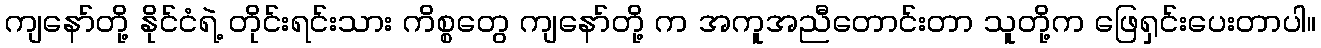
ကျနော်တို့ နိုင်ငံရဲ့ တိုင်းရင်းသား ကိစ္စတွေ ကျနော်တို့ က အကူအညီတောင်းတာ သူတို့က ဖြေရှင်းပေးတာပါ။